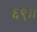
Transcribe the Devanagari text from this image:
६९।।